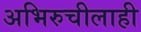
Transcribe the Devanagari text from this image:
अभिरुचीलाही